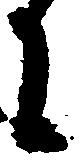
に